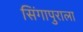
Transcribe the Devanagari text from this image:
सिंगापुराला